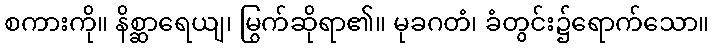
စကားကို။ နိစ္ဆာရေယျ၊ မြွက်ဆိုရာ၏။ မုခဂတံ၊ ခံတွင်း၌ရောက်သော။